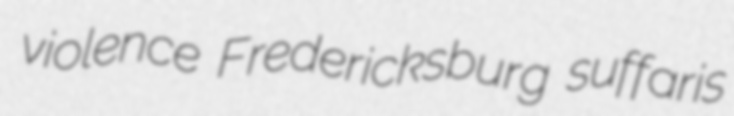
violence Fredericksburg suffaris